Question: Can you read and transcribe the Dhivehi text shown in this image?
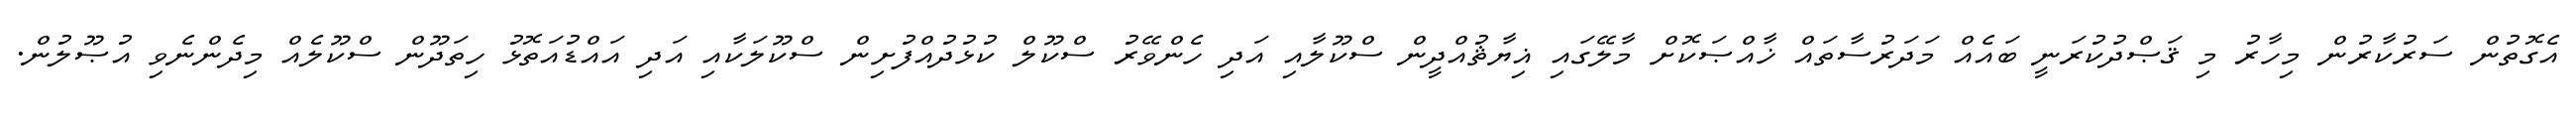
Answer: އެގޮތުން ސަރުކާރުން މިހާރު މި ޤަޞްދުކުރަނީ ބައެއް މަދަރުސާތައް ޚާއްޞަކޮށް މާލޭގައި ޣިޔާޘުއްދީން ސްކޫލާއި އަދި ހެންވޭރު ސްކޫލް ކުޅުދުއްފުށިން ސްކޫލަކާއި އަދި އައްޑުއަތޮޅު ހިތަދޫން ސްކޫލެއް މިދެންނެވި އުޞޫލުން.